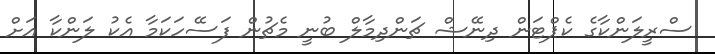
ސްރީލަންކާގެ ކެޕްޓަން ދިނޭޝް ޗަންދިމާލް ބުނީ މެޗުން ފަސޭހަކަމާ އެކު ލަންކާ އަށް